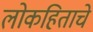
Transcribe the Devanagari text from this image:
लोकहिताचे